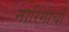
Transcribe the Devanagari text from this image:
नारिंगीची